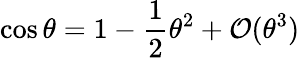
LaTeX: \cos\theta=1-\frac{1}{2}\theta^{2}+\mathcal{O}(\theta^{3})